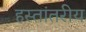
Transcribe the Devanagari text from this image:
हस्‍तांतरीय